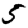
Digit: 5